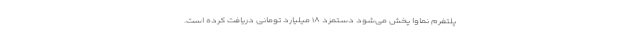
پلتفرم نماوا پخش می‌شود دستمزد ۱۸ میلیارد تومانی دریافت کرده است.